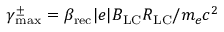
\gamma _ { \mathrm { m a x } } ^ { \pm } = \beta _ { \mathrm { r e c } } | e | B _ { \mathrm { L C } } R _ { \mathrm { L C } } / m _ { e } c ^ { 2 }